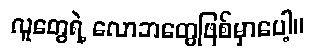
လူတွေရဲ့ လောဘတွေဖြစ်မှာပေါ့။